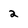
Character: 2